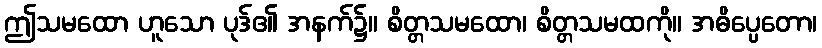
ဤသမထော ဟူသော ပုဒ်၏ အနက်၌။ စိတ္တသမထော၊ စိတ္တသမထကို။ အဓိပ္ပေတော၊